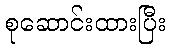
စုဆောင်းထားပြီး